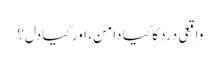
واقعی درد کا کیا دامن، اور کیا دل؟